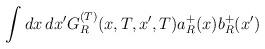
LaTeX: \begin{align*}\int dx\,dx'G^{(T)}_R(x,T,x',T)a^+_R(x)b_R^+(x')\end{align*}